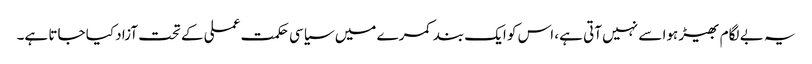
یہ بے لگام بھیڑ ہوا سے نہیں آتی ہے، اس کو ایک بند کمرے میں سیاسی حکمت عملی کے تحت آزاد کیا جاتا ہے۔